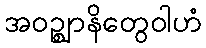
အဝဉ္ဈာနိတွေဝါဟံ